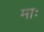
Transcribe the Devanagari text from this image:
माः